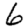
Digit: 6